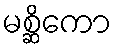
မစ္ဆိကော